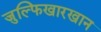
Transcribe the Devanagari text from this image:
जुल्फिखारखान